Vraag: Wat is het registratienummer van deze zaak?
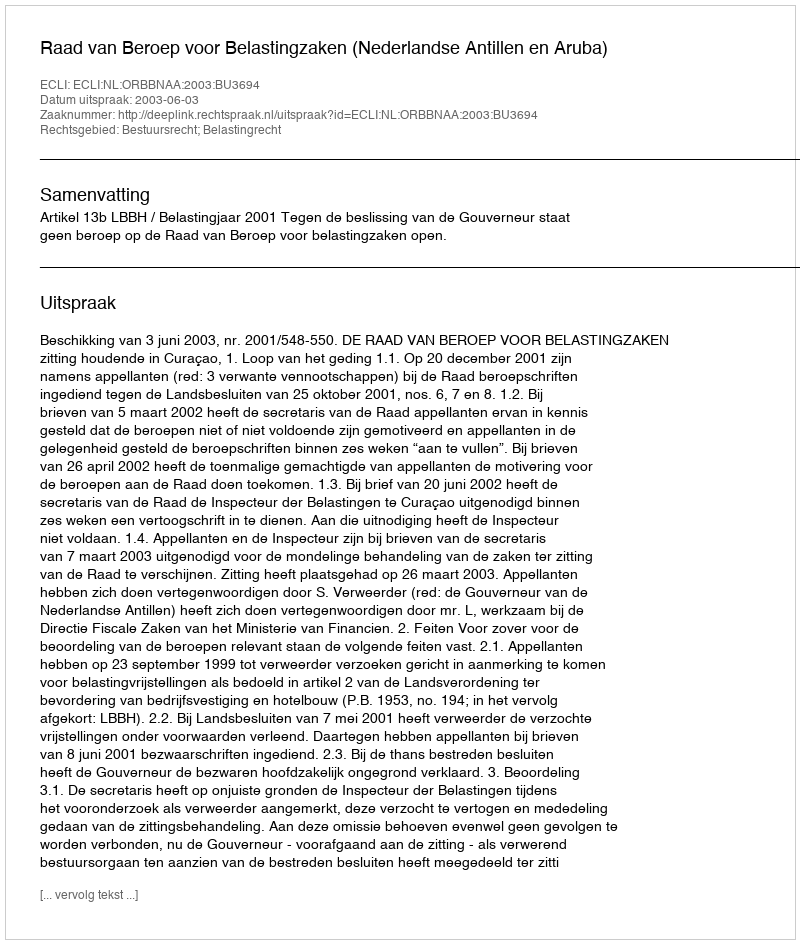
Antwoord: http://deeplink.rechtspraak.nl/uitspraak?id=ECLI:NL:ORBBNAA:2003:BU3694